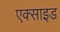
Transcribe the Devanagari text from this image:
एक्साइड